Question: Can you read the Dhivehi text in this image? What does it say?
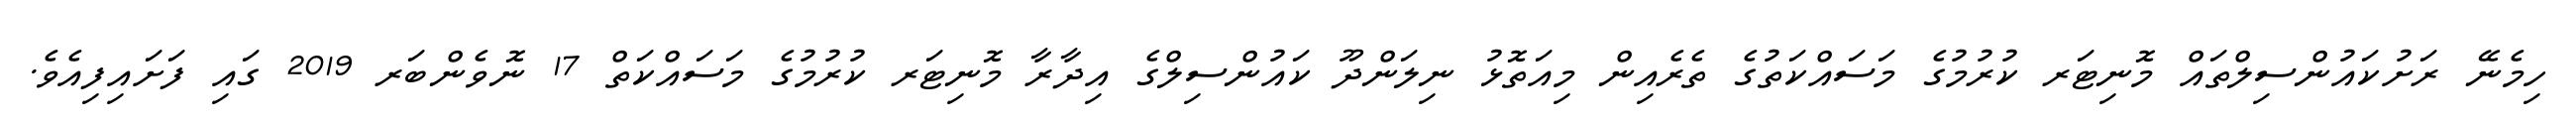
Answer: ހިމެނޭ ރަށުކައުންސިލްތައް މޮނިޓަރ ކުރުމުގެ މަސައްކަތުގެ ތެރެއިން މިއަތޮޅު ނިލަންދޫ ކައުންސިލްގެ އިދާރާ މޮނިޓަރ ކުރުމުގެ މަސައްކަތް 17 ނޮވެންބަރ 2019 ގައި ފަށައިފިއެވެ.